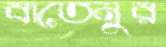
বাতেনুর